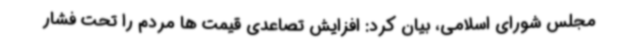
مجلس شورای اسلامی، بیان کرد: افزایش تصاعدی قیمت ها مردم را تحت فشار